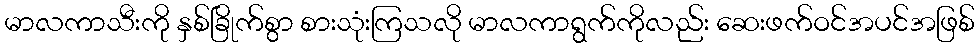
မာလကာသီးကို နှစ်ခြိုက်စွာ စားသုံးကြသလို မာလကာရွက်ကိုလည်း ဆေးဖက်ဝင်အပင်အဖြစ်